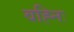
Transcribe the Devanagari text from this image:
वह्निः